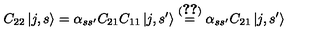
C _ { 2 2 } \left| j , s \right> = \alpha _ { s s ^ { \prime } } C _ { 2 1 } C _ { 1 1 } \left| j , s ^ { \prime } \right> \stackrel { ( \ref { p 3 . 2 } ) } { = } \alpha _ { s s ^ { \prime } } C _ { 2 1 } \left| j , s ^ { \prime } \right>